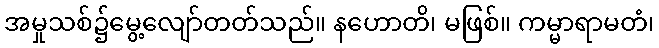
အမှုသစ်၌မွေ့လျော်တတ်သည်။ နဟောတိ၊ မဖြစ်။ ကမ္မာရာမတံ၊